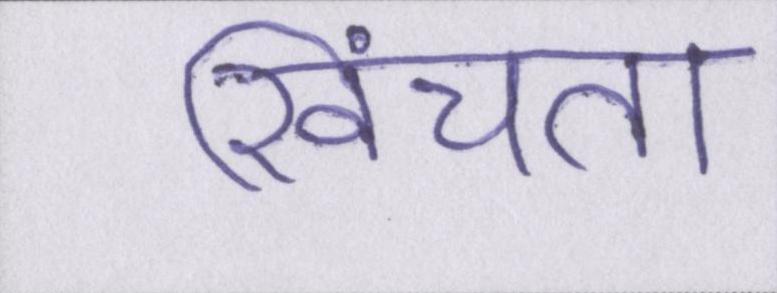
खिंचता